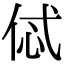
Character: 𠈸